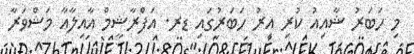
މި ހަބަރު ޝާއިއު ކުރި އިރު ހަބަރުގައި ޑރ. އަފްރާޝީމް އާއިލާއާ މަޝްވަރާ